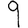
Digit: 9